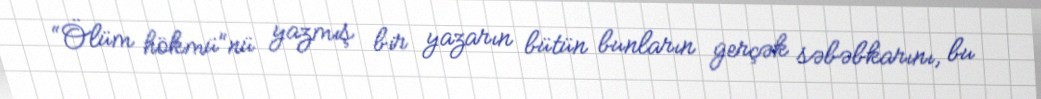
“Ölüm hökmü”nü yazmış bir yazarın bütün bunların gerçək səbəbkarını, bu